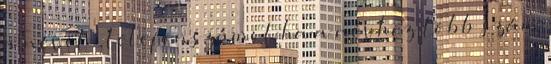
a nevet → telefonszámot ha a névhez több szám